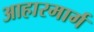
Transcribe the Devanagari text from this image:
आहारमार्ग